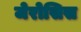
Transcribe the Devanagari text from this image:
जेरोसिस